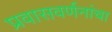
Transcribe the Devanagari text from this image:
प्रवासवर्णनांचा